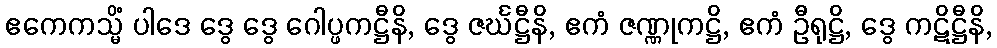
ဧကေကသ္မိံ ပါဒေ ဒွေ ဒွေ ဂေါပ္ဖကဋ္ဌီနိ, ဒွေ ဇင်္ဃဋ္ဌီနိ, ဧကံ ဇဏ္ဏုကဋ္ဌိ, ဧကံ ဦရုဋ္ဌိ, ဒွေ ကဋိဋ္ဌီနိ,